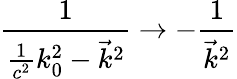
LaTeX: \frac 1{\frac 1{c^{2}}k_{0}^{2}-{\vec{k}}^{2}}\rightarrow-\frac 1{\vec{k}^{2}}